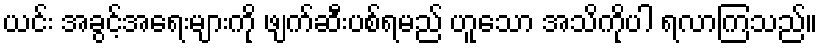
ယင်း အခွင့်အရေးများကို ဖျက်ဆီးပစ်ရမည် ဟူသော အသိကိုပါ ရလာကြသည်။